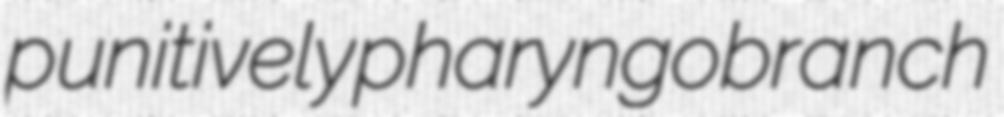
punitively pharyngobranch